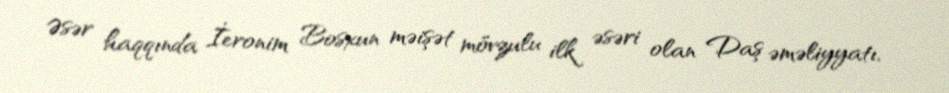
Əsər haqqında İeronim Bosxun məişət mövzulu ilk əsəri olan Daş əməliyyatı,